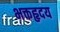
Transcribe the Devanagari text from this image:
भक्तहृदय